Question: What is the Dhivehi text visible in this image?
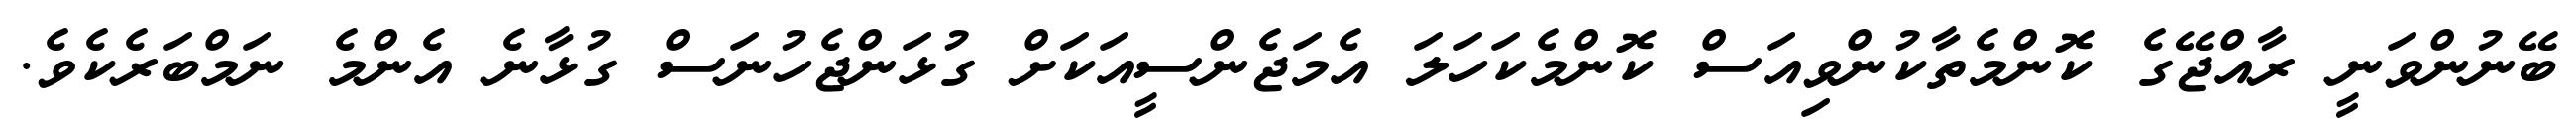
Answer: ބޭނުންވަނީ ރާއްޖޭގެ ކޮންމެތާކުންވިއަސް ކޮންމެކަހަލަ އެމަޖެންސީއަކަށް ގުޅަންޖެހުނަސް ގުޅާނެ އެންމެ ނަމްބަރެކެވެ.